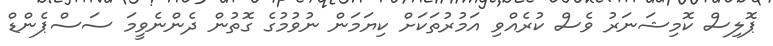
ޕޮލިސް ކޮމިޝަނަރު ވެސް ކުރެއްވި އަމުރުތަކަށް ކިޔަމަން ނުވުމުގެ ގޮތުން ދެންނެވީމަ ސަސްޕެންޑް